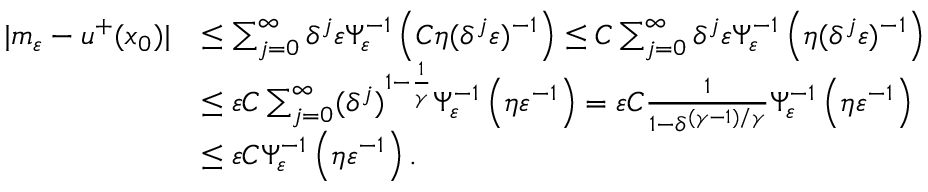
\begin{array} { r l } { | m _ { \varepsilon } - u ^ { + } ( x _ { 0 } ) | } & { \leq \sum _ { j = 0 } ^ { \infty } \delta ^ { j } \varepsilon \Psi _ { \varepsilon } ^ { - 1 } \left( C \eta ( \delta ^ { j } \varepsilon ) ^ { - 1 } \right) \leq C \sum _ { j = 0 } ^ { \infty } \delta ^ { j } \varepsilon \Psi _ { \varepsilon } ^ { - 1 } \left( \eta ( \delta ^ { j } \varepsilon ) ^ { - 1 } \right) } \\ & { \leq \varepsilon C \sum _ { j = 0 } ^ { \infty } ( \delta ^ { j } ) ^ { 1 - \frac { 1 } { \gamma } } \Psi _ { \varepsilon } ^ { - 1 } \left( \eta \varepsilon ^ { - 1 } \right) = \varepsilon C \frac { 1 } { 1 - \delta ^ { ( \gamma - 1 ) / \gamma } } \Psi _ { \varepsilon } ^ { - 1 } \left( \eta \varepsilon ^ { - 1 } \right) } \\ & { \leq \varepsilon C \Psi _ { \varepsilon } ^ { - 1 } \left( \eta \varepsilon ^ { - 1 } \right) . } \end{array}